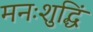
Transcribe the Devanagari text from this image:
मनःशुद्धिं